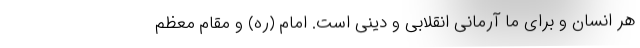
هر انسان و برای ما آرمانی انقلابی و دینی است. امام (ره) و مقام معظم